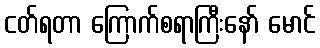
ငတ်ရတာ ကြောက်စရာကြီးနော် မောင်